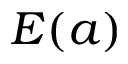
E ( a )